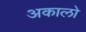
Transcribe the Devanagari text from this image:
अकालो